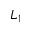
L _ { 1 }